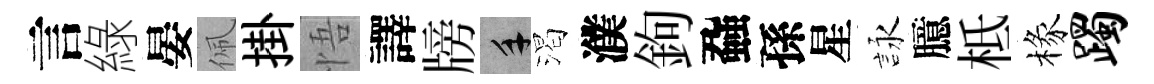
言綠晏佩掛悟譯牓手渴濮鉤蝨孫星詠臆柢椽躅